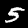
Label: 5